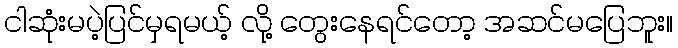
ငါဆုံးမပဲ့ပြင်မှရမယ့် လို့ တွေးနေရင်တော့ အဆင်မပြေဘူး။